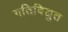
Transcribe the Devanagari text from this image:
गतिविद्युत